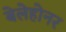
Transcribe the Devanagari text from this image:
बेलेहोनर